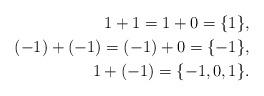
LaTeX: \begin{align*} 1+1=1+0=\{1\},\\ (-1)+(-1)=(-1)+0=\{-1\},\\ 1+(-1)=\{-1,0,1\}.\end{align*}